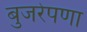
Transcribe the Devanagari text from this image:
बुजरेपणा